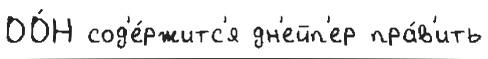
ОО́Н сод'е́ржитс'я дн'ейп'ер пра́в'ить